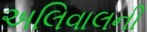
અલિવાલની